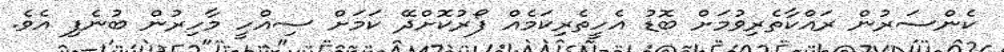
ކެންސަރުން ރައްކާތެރިވުމަށް ބޮޑު އެހީތެރިކަމެއް ފޯރުކޮށްދޭ ކަމަށް ސިއްހީ މާހިރުން ބުނެފި އެވެ.